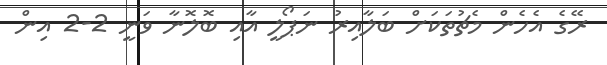
ރޭގެ އެހެން މެޗުތަކަށް ބަލާއިރު ނަޕޯލީ އާއި ބޮލޮނާ ވަނީ 2-2 އިން